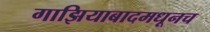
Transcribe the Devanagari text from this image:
गाझियाबादमधूनच